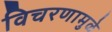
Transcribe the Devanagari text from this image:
विचरणामुळे